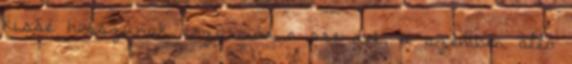
kissé hosszúnak érzi már a csendet, a szemben álló